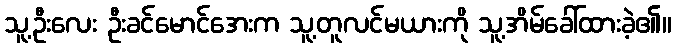
သူ့ဦးလေး ဦးခင်မောင်အေးက သူ့တူလင်မယားကို သူ့အိမ်ခေါ်ထားခဲ့၏။